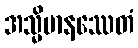
အသ္မိမာနဿေတံ